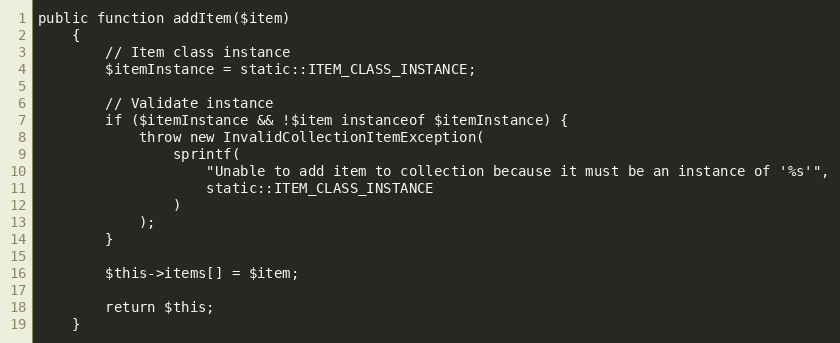
Language: PHP
public function addItem($item)
    {
        // Item class instance
        $itemInstance = static::ITEM_CLASS_INSTANCE;

        // Validate instance
        if ($itemInstance && !$item instanceof $itemInstance) {
            throw new InvalidCollectionItemException(
                sprintf(
                    "Unable to add item to collection because it must be an instance of '%s'",
                    static::ITEM_CLASS_INSTANCE
                )
            );
        }

        $this->items[] = $item;

        return $this;
    }